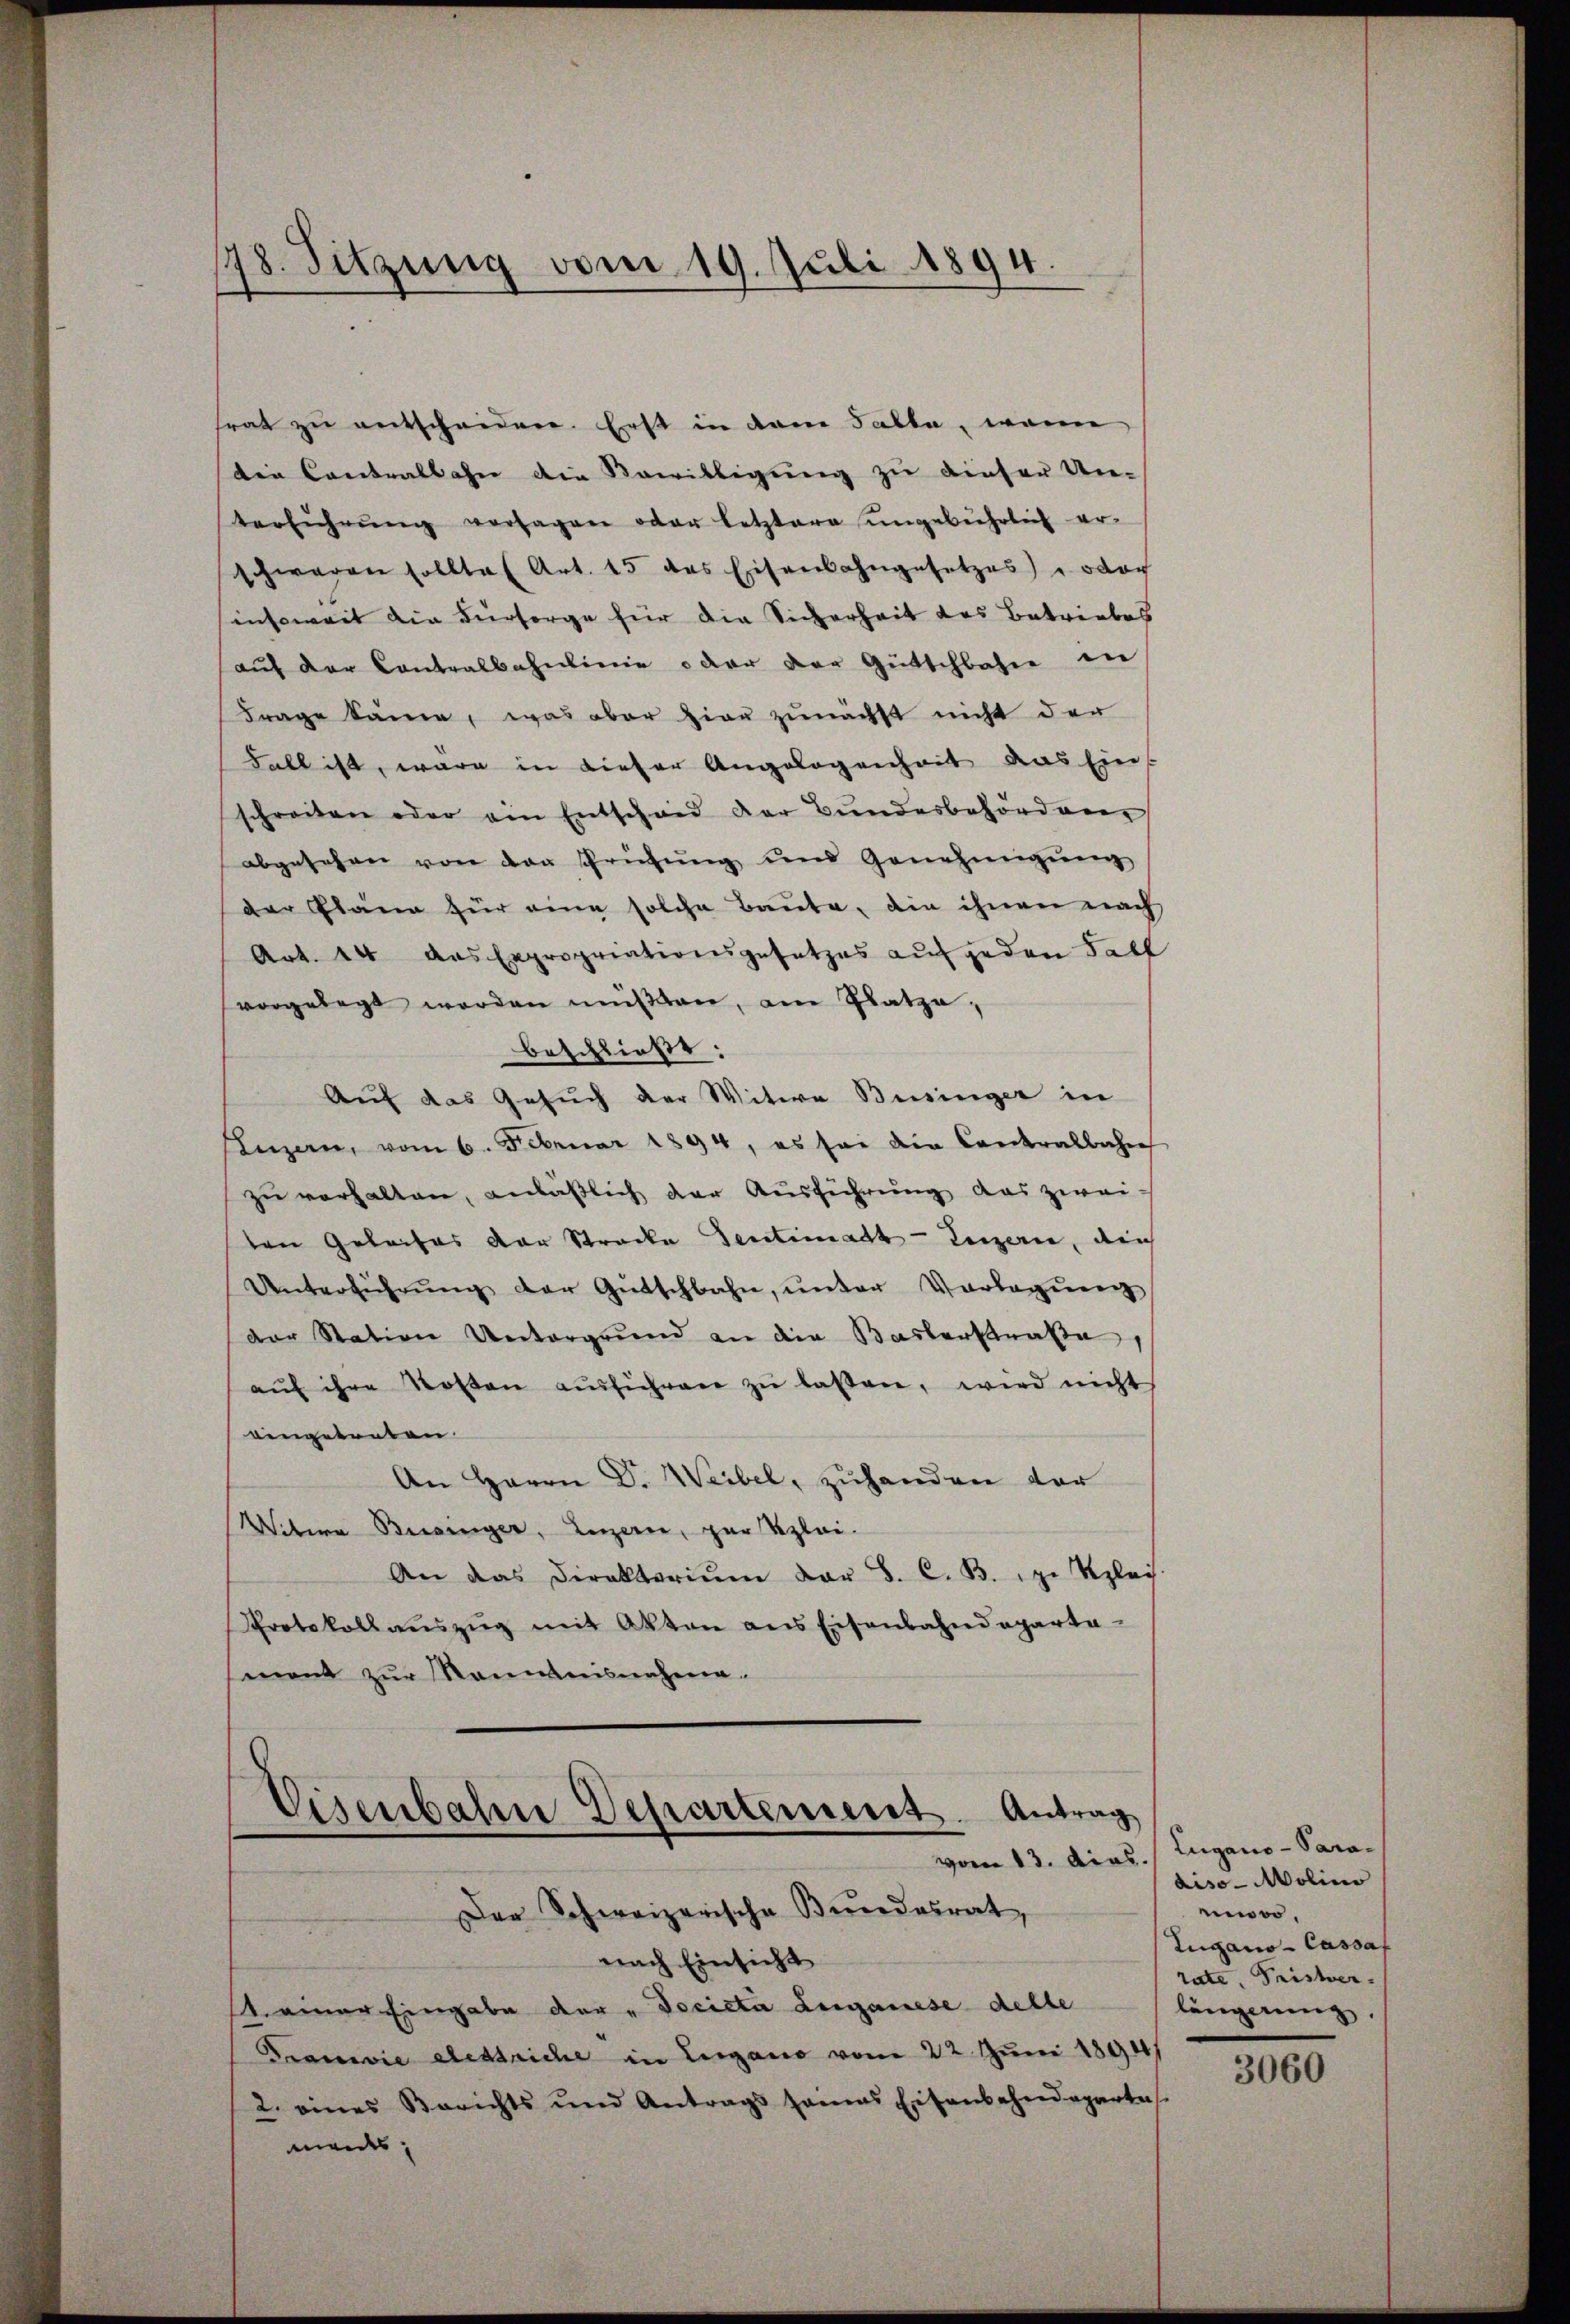
18. Sitzung vom 19. Juli 1894.

frat zu entscheidere. Erst in dem Talla, wenn
Die Contralbahn die Bewilligung zu dieser Un-
terführŭng versagen oder letztere ungebührlich er-
schwaren sollte (Art. 15 des Eisenbahngesetzes) oder
insoweit die Fürsorge für die Sicherheit des Betriebes
aŭf der Contralbahnlinie oder der Gütschbahre in
Frage käme, was aber hier zunächst nicht der
Fall ist, wäre in dieser Angelegenheit das Eins
schreiten oder ein Entscheid der Bundesbehörden
abgesehen von der Prüfŭng und Genehmigŭng
der Pläne für eine solche Baute, die ihnen nach
Art. 44 das Expropriationsgesetzes auf jeden Fall
vorgelegt worden müßten, am Platze,
beschließt:
Auf das Gesuch der Witwe Büsinger in
Kenzen, vom 6. Februar 1894, es sei die Contralbahn
zu verhalten, anläßlich der Ausführung das zwei-
ten Geleises der Strecke Sentimath-Luzern, durch
Unterführŭng der Gütschbahn, ŭnter Vorlegŭng
der Station Untergrund an die Baslerstraße
aŭf ihre Kosten aŭsführen zŭ lassen, wird nicht
eingetreten.
An Herrn Dr. Weibel, zuhanden vor
Vitere Beeiniger, Luzern, zur Klei¬
An das Direktoriŭm der B. C. B. 1. Klais
Protokoll aŭszŭg mit Akten ans Eisenbahndeparta
mnent zur Räumnisnahma¬

Der Schweizerische Bundesrat,
nach Einsicht
1 einer Eingabe der „Docieta Luganese delle
Francie destriche in Lugano vom 22. Juni 1891/
2. eines Berichts und Antrags seines Eisenbahndepartet.
maids,

Eisenbahn Departement. Antrag

vom 13. Dias. / Lugano - Para-
diso - Molino
moo,
Lugano- Cassaf
rate, Fristver-
längerung.

3060